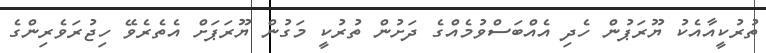
ތުރުކީއާއެކު ޔޫރަޕުން ހެދި އެއްބަސްވުމެއްގެ ދަށުން ތުރުކީ މަގުން ޔޫރަޕަށް އެތެރެވޭ ހިޖުރަވެރިންގެ